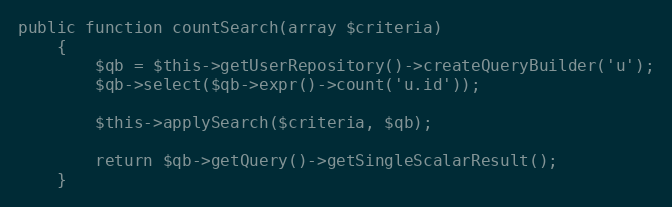
Language: PHP
public function countSearch(array $criteria)
    {
        $qb = $this->getUserRepository()->createQueryBuilder('u');
        $qb->select($qb->expr()->count('u.id'));

        $this->applySearch($criteria, $qb);

        return $qb->getQuery()->getSingleScalarResult();
    }